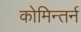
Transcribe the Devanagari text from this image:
कोमिन्तर्न